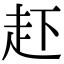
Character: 𧺒